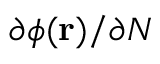
\partial \phi ( \mathbf { r } ) / \partial N